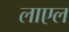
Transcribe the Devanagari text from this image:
लाएल